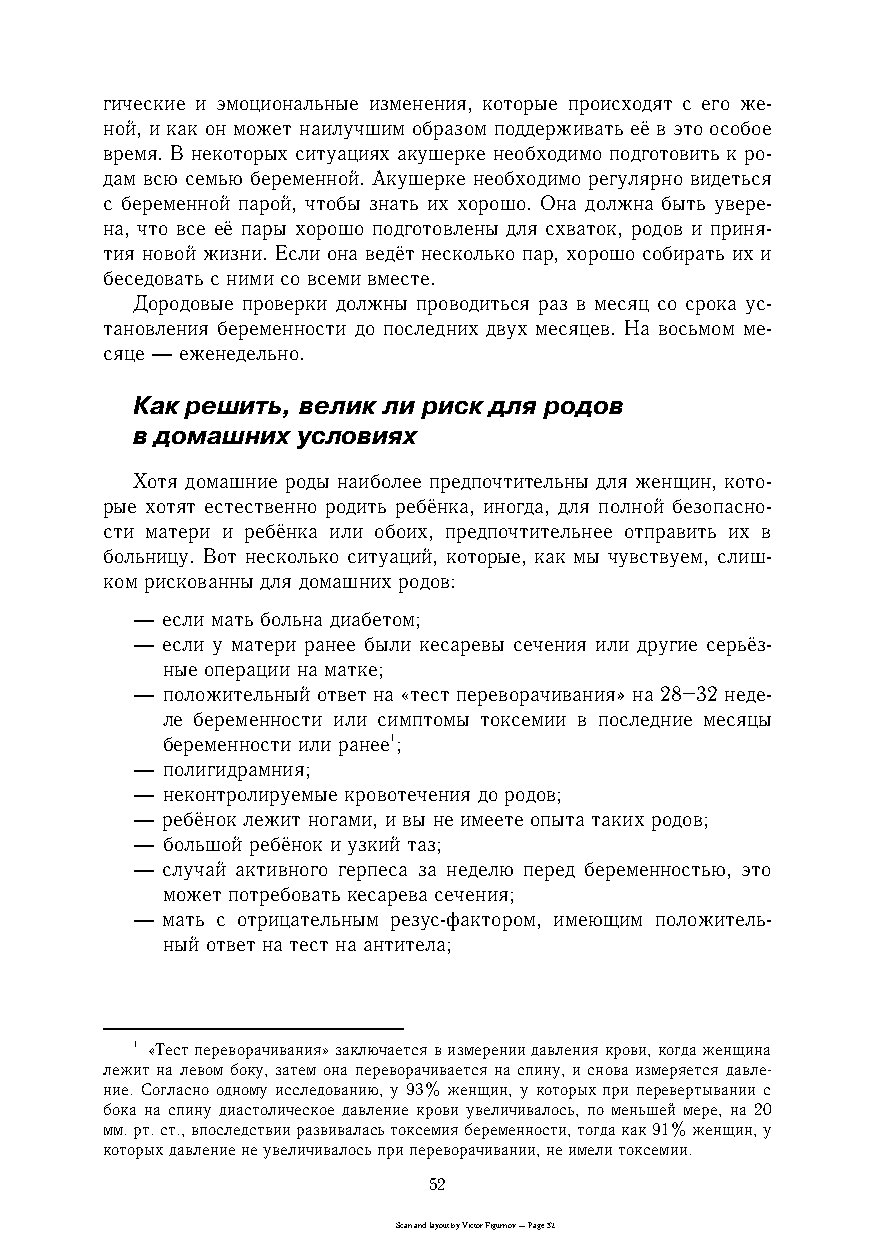
гические и эмоциональные изменения, которые происходят с его жеc
 ной, и как он может наилучшим образом поддерживать её в это особое
 время. В некоторых ситуациях акушерке необходимо подготовить к роc
 дам всю семью беременной. Акушерке необходимо регулярно видеться
 с беременной парой, чтобы знать их хорошо. Она должна быть увереc
 на, что все её пары хорошо подготовлены для схваток, родов и приняc
 тия новой жизни. Если она ведёт несколько пар, хорошо собирать их и
 беседовать с ними со всеми вместе.
 Дородовые проверки должны проводиться раз в месяц со срока усc
 тановления беременности до последних двух месяцев. На восьмом меc
 сяце — еженедельно.
 Как решить, велик ли риск для родов
 в домашних условиях
 Хотя домашние роды наиболее предпочтительны для женщин, котоc
 рые хотят естественно родить ребёнка, иногда, для полной безопасноc
 сти матери и ребёнка или обоих, предпочтительнее отправить их в
 больницу. Вот несколько ситуаций, которые, как мы чувствуем, слишc
 ком рискованны для домашних родов:
 — если мать больна диабетом;
 — если у матери ранее были кесаревы сечения или другие серьёзc
 ные операции на матке;
 — положительный ответ на «тест переворачивания» на 28–32 недеc
 ле беременности или симптомы токсемии в последние месяцы
 беременности или ранее1;
 — полигидрамния;
 — неконтролируемые кровотечения до родов;
 — ребёнок лежит ногами, и вы не имеете опыта таких родов;
 — большой ребёнок и узкий таз;
 — случай активного герпеса за неделю перед беременностью, это
 может потребовать кесарева сечения;
 — мать с отрицательным резусcфактором, имеющим положительc
 ный ответ на тест на антитела;
 1 «Тест переворачивания» заключается в измерении давления крови, когда женщина
 лежит на левом боку, затем она переворачивается на спину, и снова измеряется давлеc
 ние. Согласно одному исследованию, у 93% женщин, у которых при перевертывании с
 бока на спину диастолическое давление крови увеличивалось, по меньшей мере, на 20
 мм. рт. ст., впоследствии развивалась токсемия беременности, тогда как 91% женщин, у
 которых давление не увеличивалось при переворачивании, не имели токсемии.
 52
 Scan and layout by Victor Figurnov — Page 52